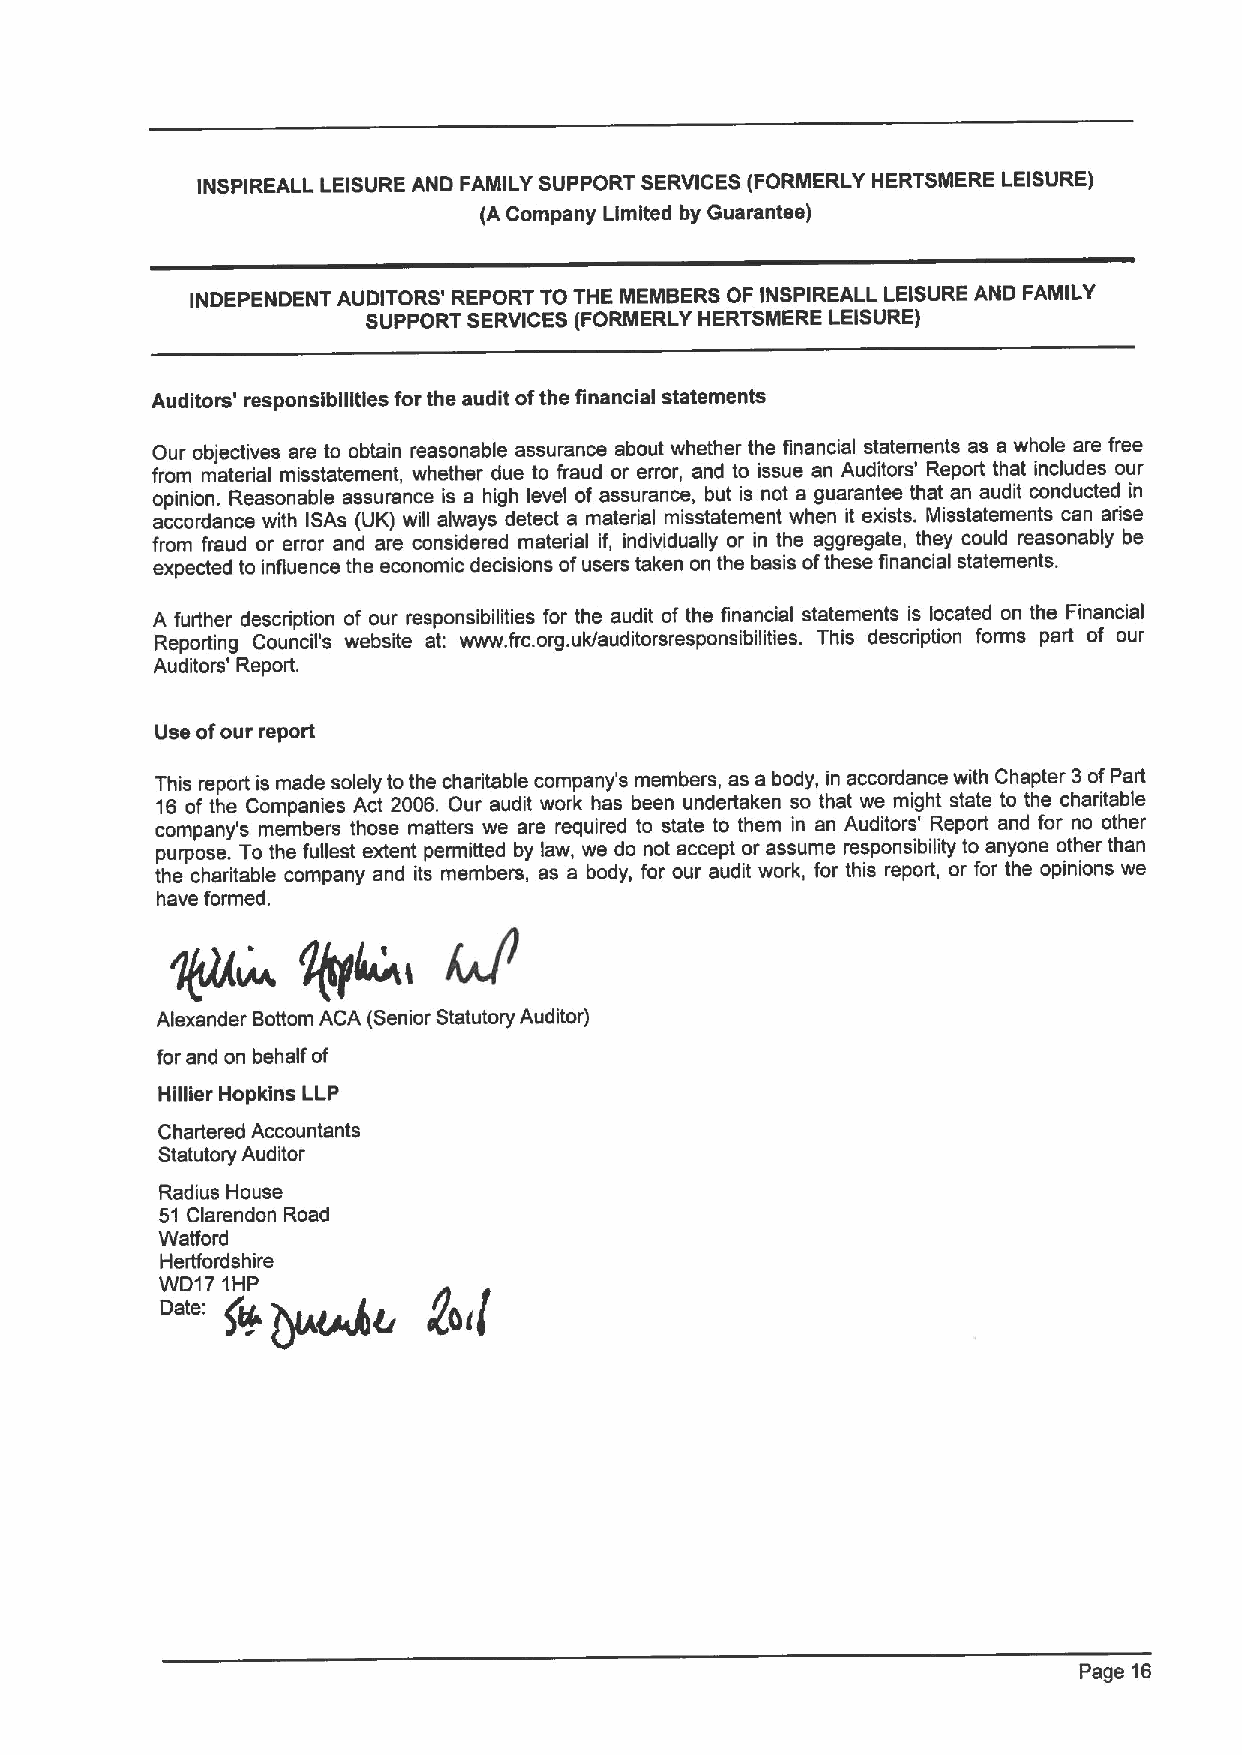
INSPIREALL LEISURE AND FAMILY SUPPORT SERVICES (FORMERLY HERTSMERE LEISURE)
 (ACompany Limited by Guarantee)
 INDEPENDENT AUDITORS' REPORT TO THE MEMBERS OF INSPIREALL LEISURE AND FAMILY
 SUPPORT SERVICES (FORMERLY HERTSMERE LEISURE)
 Auditors' responsibilities for the audit ofthe financial statements
 Our objectives are to obtain reasonable assurance about whether the financial statements as a whole are free
 from material misstatement, whether due to fraud or error, and to issue an Auditors' Report that includes our
 opinion. Reasonable assurance is a high level of assurance, but is not a guarantee that an audit conducted in
 accordance with ISAs (UK) will always detect a material misstatement when it exists. Misstatements can arise
 from fraud or error and are considered material if, individually or in the aggregate, they could reasonably be
 expected to influence the economic decisions ofusers taken on the basis ofthese financial statements.
 A further description of our responsibilities for the audit of the financial statements is located on the Financial
 Reporting Council's website at: www. frc.org.uk/auditorsresponsibilities. This description forms part of our
 Auditors' Report.
 Use ofour report
 This report is made solely tothe charitable company's members, as a body, in accordance with Chapter 3ofPart
 16 of the Companies Act 2006. Our audit work has been undertaken so that we might state to the charitable
 company's members those matters we are required to state to them in an Auditors' Report and for no other
 purpose. To the fullest extent permitted by law, we do not accept or assume responsibility to anyone other than
 the charitable company and its members, as a body, for our audit work, for this report, or for the opinions we
 have formed.
 Alexander Bottom ACA (Senior Statutory Auditor)
 for and on behalf of
 Hillier Hopkins LLP
 Chartered Accountants
 Statutory Auditor
 Radius House
 51 Clarendon Road
 Watford
 Herffordshire
 Page 16